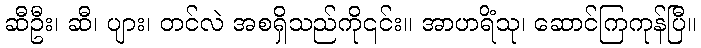
ဆီဦး၊ ဆီ၊ ပျား၊ တင်လဲ အစရှိသည်ကို၎င်း။ အာဟရိံသု၊ ဆောင်ကြကုန်ပြီ။